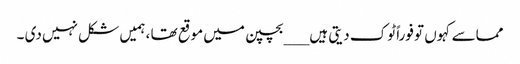
مماسے کہوں تو فوراً ٹوک دیتی ہیں ___بچپن میں موقع تھا ، ہمیں شکل نہیں دی ۔